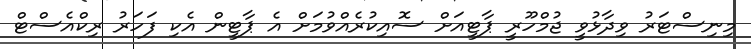
މިނިސްޓަރު ވިދާޅުވީ ޖުމްހޫރީ ޕާޓީއަށް ސޮއިކުރެއްވުމަށް އެ ޕާޓީން އެކި ފަހަރު ރިކްއެސްޓް